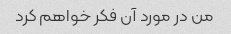
من در مورد آن فکر خواهم کرد